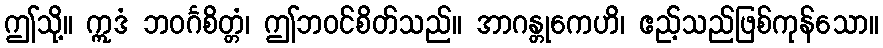
ဤသို့။ ဣဒံ ဘဝင်္ဂစိတ္တံ၊ ဤဘဝင်စိတ်သည်။ အာဂန္တုကေဟိ၊ ဧည့်သည်ဖြစ်ကုန်သော။